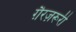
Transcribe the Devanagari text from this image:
ग़ैरज़रूरी